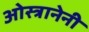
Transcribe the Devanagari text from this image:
ओस्त्रानेनी